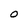
Character: O